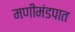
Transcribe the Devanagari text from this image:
मणीमंडपात